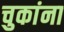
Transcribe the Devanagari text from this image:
चुकांना